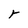
Character: r